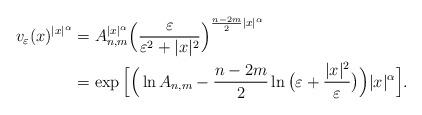
LaTeX: \begin{align*}v_\varepsilon(x)^{|x|^\alpha} &= A_{n,m}^{|x|^\alpha} \Big( \frac{\varepsilon}{\varepsilon^2 + |x|^2} \Big) ^{\frac{n-2m}{2}|x|^\alpha} \\&= \exp \Big[\Big( \ln A_{n,m} -\frac{n-2m}2 \ln \big(\varepsilon + \frac{|x|^2}{\varepsilon} \big) \Big) |x|^\alpha\Big].\end{align*}